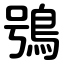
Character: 鴞